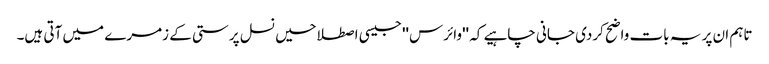
تاہم ان پر یہ بات واضح کردی جانی چاہیے کہ ''وائرس'' جیسی اصطلاحیں نسل پرستی کے زمرے میں آتی ہیں۔